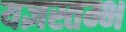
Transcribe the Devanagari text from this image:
यज्ञस्तम्भ